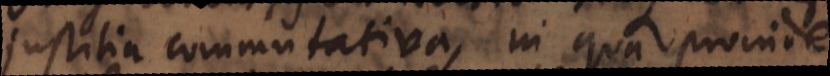
justitia commutativa, in qua proinde